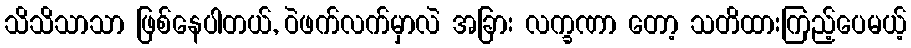
သိသိသာသာ ဖြစ်နေပါတယ်, ဝဲဖက်လက်မှာလဲ အခြား လက္ခဏာ တော့ သတိထားကြည့်ပေမယ့်